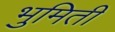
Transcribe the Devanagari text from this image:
भुमिती